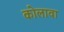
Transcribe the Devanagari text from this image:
कोलावा